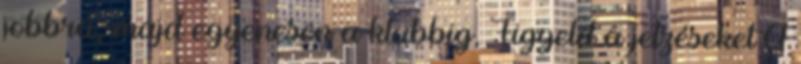
jobbra, majd egyenesen a klubbig. Figyeld a jelzéseket A